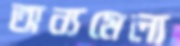
অন্যমেলা